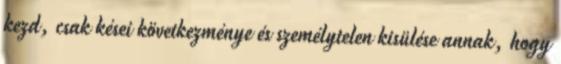
kezd, csak kései következménye és személytelen kisülése annak, hogy